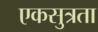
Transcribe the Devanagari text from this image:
एकसुत्रता